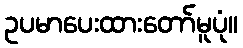
ဥပမာပေးထားတော်မူပုံ။